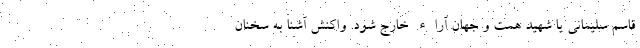
قاسم سلیمانی یا شهید همت و جهان آراء خارج شود. واکنش آشنا به سخنان